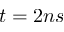
t = 2 n s